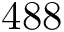
4 8 8